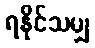
ရနိုင်သမျှ